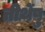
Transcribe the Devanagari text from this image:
तीर्थेषु